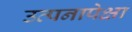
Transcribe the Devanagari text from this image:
उत्पनापेक्षा